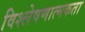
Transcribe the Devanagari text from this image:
विश्लेषणात्मकता